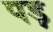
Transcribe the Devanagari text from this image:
पड़़